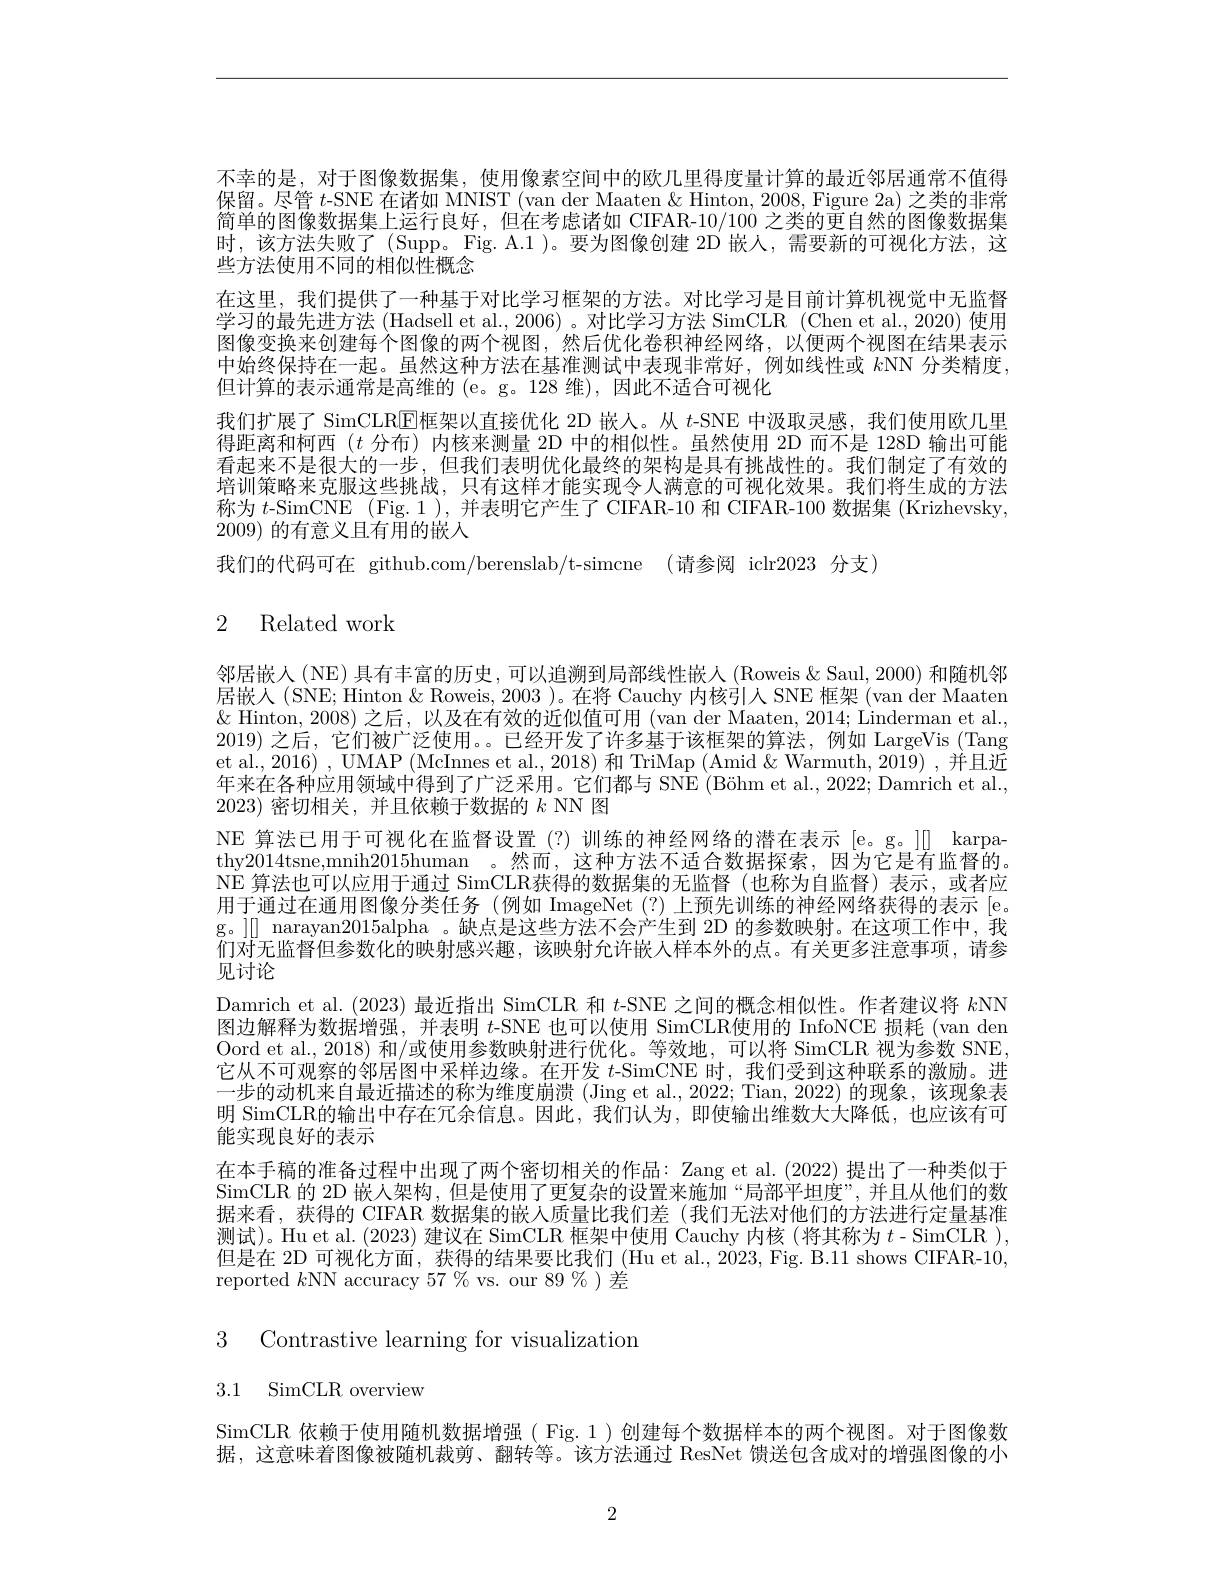
不幸的是，对于图像数据集，使用像素空间中的欧几里得度量计算的最近邻居通常不值得保留。尽管$t$-SNE 在诸如 MNIST (van der Maaten & Hinton, 2008, Figure 2a) 之类的非常简单的图像数据集上运行良好，但在考虑诸如 CIFAR-10/100 之类的更自然的图像数据集时，该方法失败了(Supp。Fig.A.1 )。要为图像创建 2D 嵌人，需要新的可视化方法，这些方法使用不同的相似性概念
在这里，我们提供了一种基于对比学习框架的方法。对比学习是目前计算机视觉中无监督学习的最先进方法 (Hadsell et al., 2006) 。对比学习方法 SimCLR (Chen et al., 2020) 使用图像变换来创建每个图像的两个视图，然后优化卷积神经网络，以便两个视图在结果表示中始终保持在一起。虽然这种方法在基准测试中表现非常好，例如线性或$k$NN 分类精度， 但计算的表示通常是高维的 (e。g。128 维),因此不适合可视化
我们扩展了 SimCLR$\overline{\text{E框架以直接优化 2D 嵌人。从 }t}$-SNE 中汲取灵感，我们使用欧几里得距离和柯西$(t$分布)内核来测量 2D 中的相似性。虽然使用 2D 而不是 128D 输出可能看武栗木是很大的一步。但我们表明优化最终的架构是具有挑战性的。我们制定了有效略培训策略来克服这些挑战，只有这样才能实现令人满意的可视化效果。我们将生成的方法称为$t$-SimCNE (Fig.1),并表明它产生了CIFAR-10 和 CIFAR-100 数据集 (Krizhevsky, 2009)的有意义且有用的嵌入
我们的代码可在 github.com/berenslab/t-simcne (请参阅 iclr2023 分支)

# 2 Related work

邻居嵌人(NE)具有丰富的历史，可以追溯到局部线性嵌入(Roweis&Saul,2000) 和随机邻居嵌人(SNE; Hinton & Roweis, 2003 )。在将 Cauchy 内核引人 SNE 框架 (van der Maaten $\&$ Hinton, 2008) 之后，以及在有效的近似值可用 (van der Maaten, 2014; Linderman et al., 2019)之后，它们被广泛使用。。已经开发了许多基于该框架的算法，例如 LargeVis (Tang et al., 2016) , UMAP (McInnes et al., 2018) 和 TriMap (Amid & Warmuth, 2019) , 并且近年来在各种应用领域中得到了广泛采用。它们都与 SNE (Böhm et al., 2022; Damrich et al., 2023)密切相关，并且依赖于数据的$k$ NN 图
NE 算法已用于可视化在监督设置(?)训练的神经网络的潜在表示[e。g。]] karpathy2014tsne,mnih2015human 。然而，这种方法不适合数据探索，因为它是有监督的。N$\dot{E}$算法也可以应用于通过 SimCLR获得的数据集的无监督(也称为自监督)表示，或者应用于通过在通用图像分类任务 (例如 ImageNet (?)上预先训练的神经网络获得的表示 [e。g。][[ narayan2015alpha 。缺点是这些方法不会产生到 2D 的参数映射。在这项工作中，我行动工业投向全举化的电成训练 注册钟人次出上学十月的上 在为两名注离中后们对无监督但参数化的映射感兴趣，该映射允许嵌人样本外的点。有关更多注意事项，请参见讨论
Damrich et al. (2023)最近指出 SimCLR 和$t$-SNE 之间的概念相似性。作者建议将$k$NN 图边解释为数据增强，并表明$t$-SNE 也可以使用 SimCLR使用的 InfoNCE 损耗(van den Oord et al., 2018) 和/或使用参数映射进行优化。等效地，可以将 SimCLR 视为参数 SNE, 它从不可观察的邻居图中采样边缘。在开发$t$-SimCNE 时，我们受到这种联系的激励。进一步的动机来自最近描述的称为维度崩溃(Jing et al.,2022; Tian,2022)的现象，该现象表明 SimCLR的输出中存在冗余信息。因此，我们认为，即使输出维数大大降低，也应该有可能实现良好的表示
在本手稿的准备过程中出现了两个密切相关的作品：Zang et al.(2022) 提出了一种类似于SimCLR 的 2D 嵌人架构，但是使用了更复杂的设置来施加“局部平坦度”,并且从他们的数据来看，获得的 CIFAR 数据集的嵌入质量比我们差(我们无法对他们的方法进行定量基准测试)。Hu et al. (2023) 建议在 SimCLR 框架中使用 Cauchy 内核 (将其称为$t$-SimCLR ), 但是在 2D 可视化方面，获得的结果要比我们 (Hu et al., 2023, Fig. B.11 shows CIFAR-10, reported $k$NN accuracy 57 % vs. our 89 %)差

3 Contrastive learning for visualizatiom

3.1 SimCLR overview

SimCLR 依赖于使用随机数据增强( Fig.1)创建每个数据样本的两个视图。对于图像数据，这意味着图像被随机裁剪、翻转等。该方法通过 ResNet 馈送包含成对的增强图像的小

2